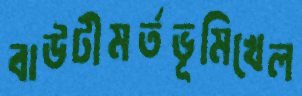
বাউটীমর্তভূমিখেল